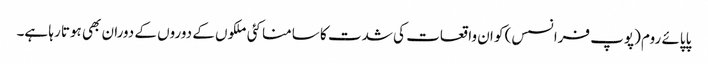
پاپائے روم (پوپ فرانسس) کو ان واقعات کی شدت کا سامنا کئی ملکوں کے دوروں کے دوران بھی ہوتا رہا ہے۔